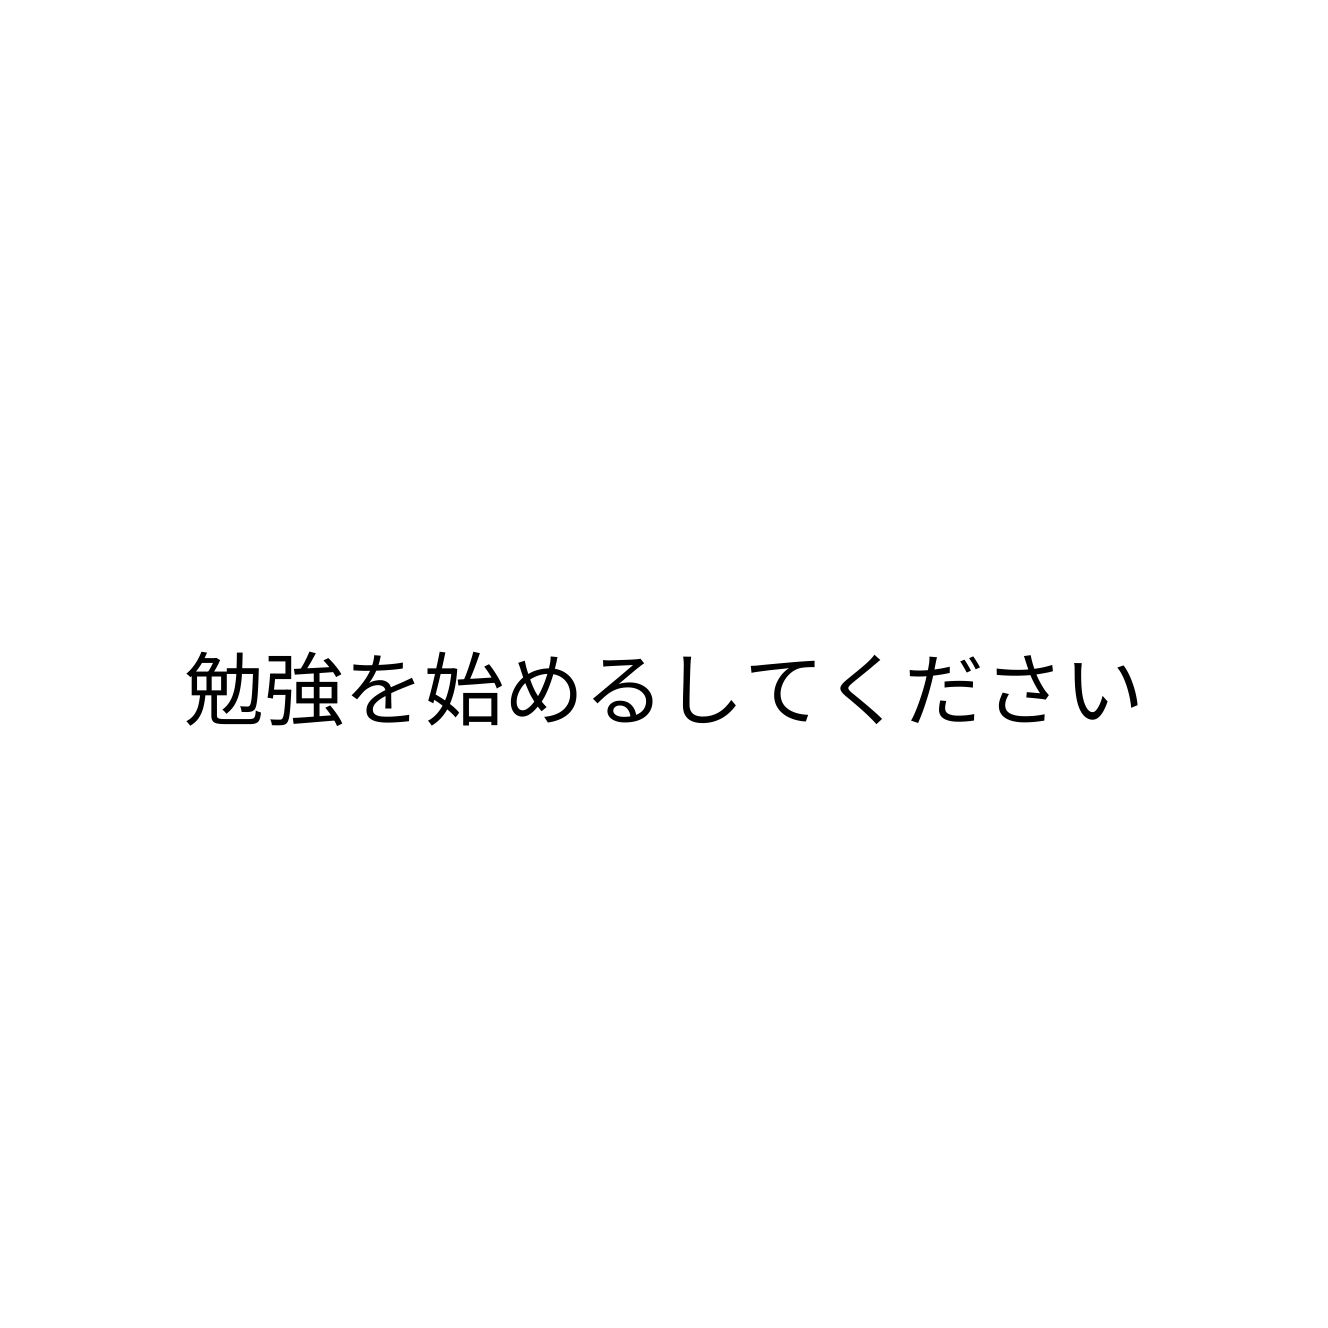
勉強を始めるしてください